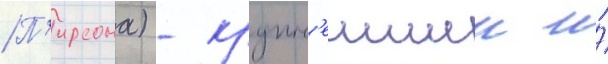
П'ирсона) - крупн'еишии и́